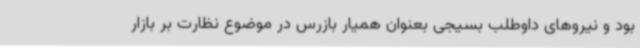
بود و نیروهای داوطلب بسیجی بعنوان همیار بازرس در موضوع نظارت بر بازار